system: You are a helpful assistant.
user:
Analyze the provided spectrum to determine if it is a **Carbon Star (C-type)**.

- **Key Visual Indicators of Carbon Star:**
    - **(Primary):** Strong molecular absorption from **C₂ (diatomic carbon) "Swan Bands."** This is the **defining feature** of a carbon star.
        - **(Key Bandheads):** Sharp absorption edges are visible at approximately $5635$ Å, $5165$ Å (the strongest band), and $4737$ Å.
        - **(Line Profile):** Creates a distinct **"saw-tooth"** pattern. The key morphology is a sharp, steep bandhead on the **red (long-wavelength) side**, which then gradually tapers off (i.e., flux recovers) towards the **blue (short-wavelength) side**. *(This is the direct opposite of the TiO bands seen in M-type stars)*.

    - **(Secondary):** Intense **CN (cyanogen)** molecular absorption bands.
        - **(Key Bandheads):** Located in the blue and violet regions of the spectrum (e.g., near $4215$ Å and $3883$ Å).
        - **(Morphology):** These bands are extremely broad and act as a "blanket," absorbing the vast majority of blue and violet light. This creates a characteristic **"cliff"** or **"steep drop-off"** in the spectrum's flux at short wavelengths.

    - **(Key Confirmation):** Strong **CH absorption band (G-band)**.
        - **(Key Bandhead):** Located around $4300$ Å. The contribution from CH molecules to this band is exceptionally strong.

    - **(Overall Spectrum):**
        - The continuum is severely "chopped up" by these deep molecular bands, especially C₂, rather than appearing as a smooth curve.
        - Due to the heavy CN and C₂ absorption in the blue-green, the vast majority of the star's flux is concentrated in the red part of the spectrum, giving the star its characteristic deep red color.

Think first, call **spectral_visualization_tool** if needed to examine features in detail, then provide your final answer. Your response must adhere to the following strict rules:
1.  **Overall Structure:** Your response must follow the format `<think>...</think> <tool_call>...</tool_call> (if a tool is used) <answer>...</answer>`.
2.  **Tool Usage Constraint:** You may only make **one** tool call per turn.
3.  **Final Answer Format:** In the `<answer>` tag, your conclusion must be inside a `\boxed{}` command (e.g., `\boxed{YES}`), followed by your justification.

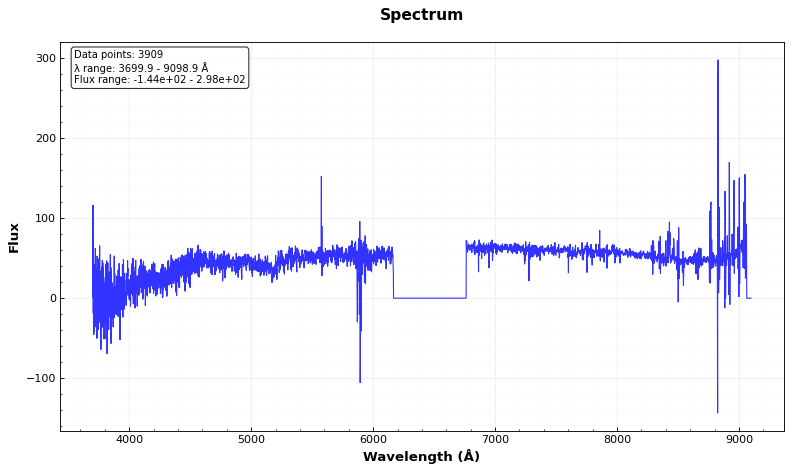
Answer: NO